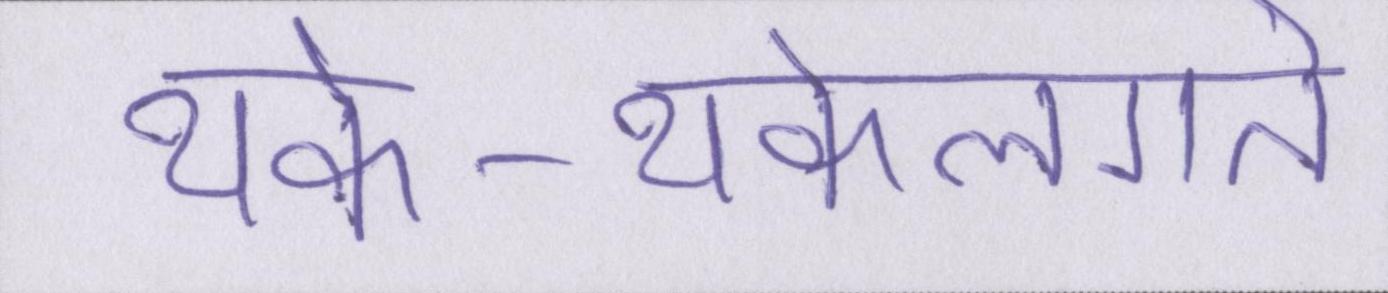
थके-थकेलगते